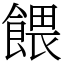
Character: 餵